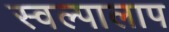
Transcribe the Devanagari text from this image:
स्वल्पालाप